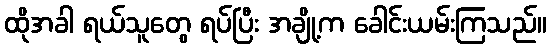
ထိုအခါ ရယ်သူတွေ ရပ်ပြီး အချို့က ခေါင်းယမ်းကြသည်။